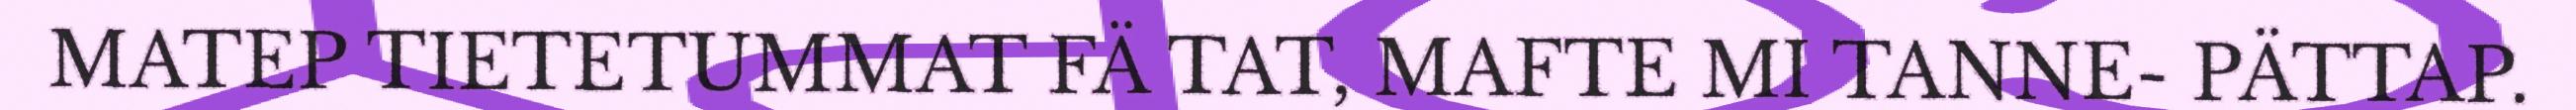
MATEP TIETETUMMAT FÄ TAT, MAFTE MI TANNE- PÄTTAP.